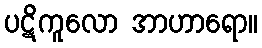
ပဋိကူလော အာဟာရော။